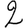
Digit: 2